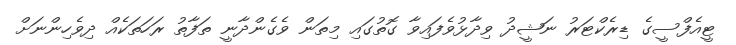
ޓީއެފްސީގެ ޑިރެކްޓަރު ނަޝީދު ވިދާޅުވެފައިވާ ގޮތުގައި މިތަން ވެގެންދާނީ ތަފާތު ރަހަތަކެއް ދިވެހިންނަށް